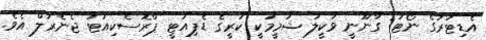
އެޑިޓަރުގެ ނޯޓު: ގާނޫނީ ވަކީލު ޝަމީމަކީ ކުރީގެ ޑެޕިއުޓީ ޕްރޮސެކިއުޓަ ޖެނެރަލް އެވެ.